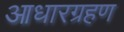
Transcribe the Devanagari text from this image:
आधारग्रहण